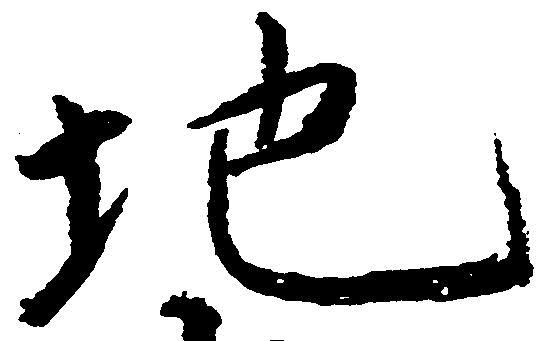
地